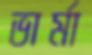
ভার্মা